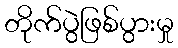
တိုက်ပွဲဖြစ်ပွားမှု